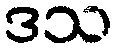
ဒသ